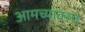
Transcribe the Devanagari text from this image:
आमच्यावरच